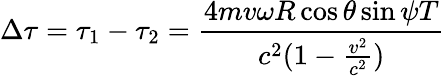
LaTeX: \Delta\tau=\tau_{1}-\tau_{2}=\frac{4mv\omega R\cos{\theta}\sin{\psi}T}{c^{2}(1-\frac{v^{2}}{c^{2}})}